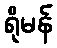
ရိုမန်